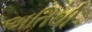
અતિથી